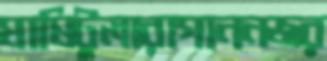
ঘাষিটুলারাগাননজর